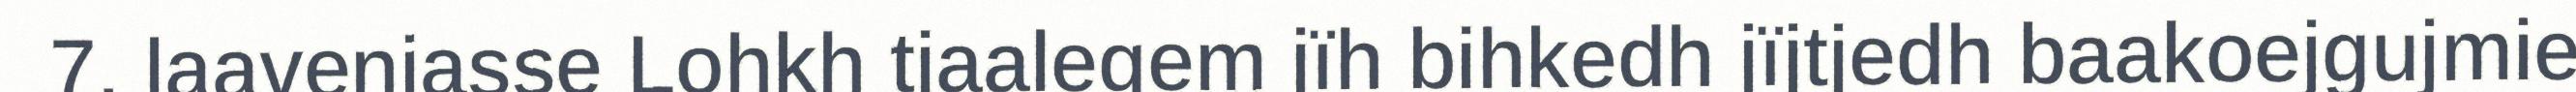
7. laavenjasse Lohkh tjaalegem jïh bihkedh jïjtjedh baakoejgujmie